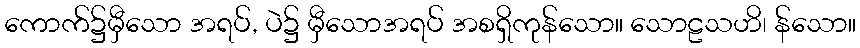
ကောက်၌မှီသော အရပ်, ပဲ၌ မှီသောအရပ် အစရှိကုန်သော။ သောဠသဟိ၊ န်သော။